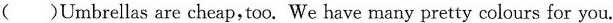
( )Umbrellas are cheap,too. We have many pretty colours for you.